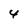
Character: 4